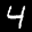
Label: 4